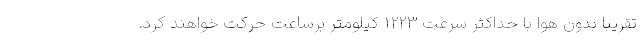
تقریبا بدون هوا با حداکثر سرعت ۱۲۲۳ کیلومتر برساعت حرکت خواهند کرد.